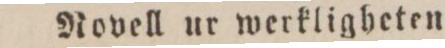
Novell ur werkligheten